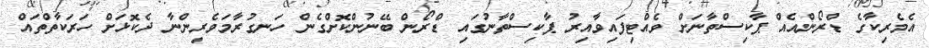
އެމެރިކާގެ ޑްރޯންއެއް ޕާކިސްތާނަށް ވެއްޓިފައިވާއިރު ޕާކިސްތާނުގައި ޑްރޯން ބޭނުންކޮށްގެން ހަނގުރާމަވެރިންނާ ދެކޮޅަށް ހަރަކާތްތައް